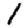
Digit: 1